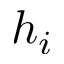
h _ { i }